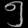
Digit: ၅